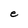
Character: e